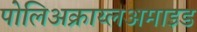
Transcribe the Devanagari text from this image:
पोलिअक्राय्लअमाइड